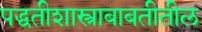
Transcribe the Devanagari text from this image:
पद्धतीशास्त्राबाबतीतील